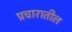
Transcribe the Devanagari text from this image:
प्रचारातील